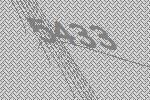
5433